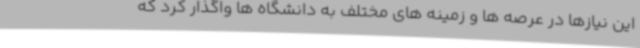
این نیازها در عرصه ها و زمینه های مختلف به دانشگاه ها واگذار کرد که